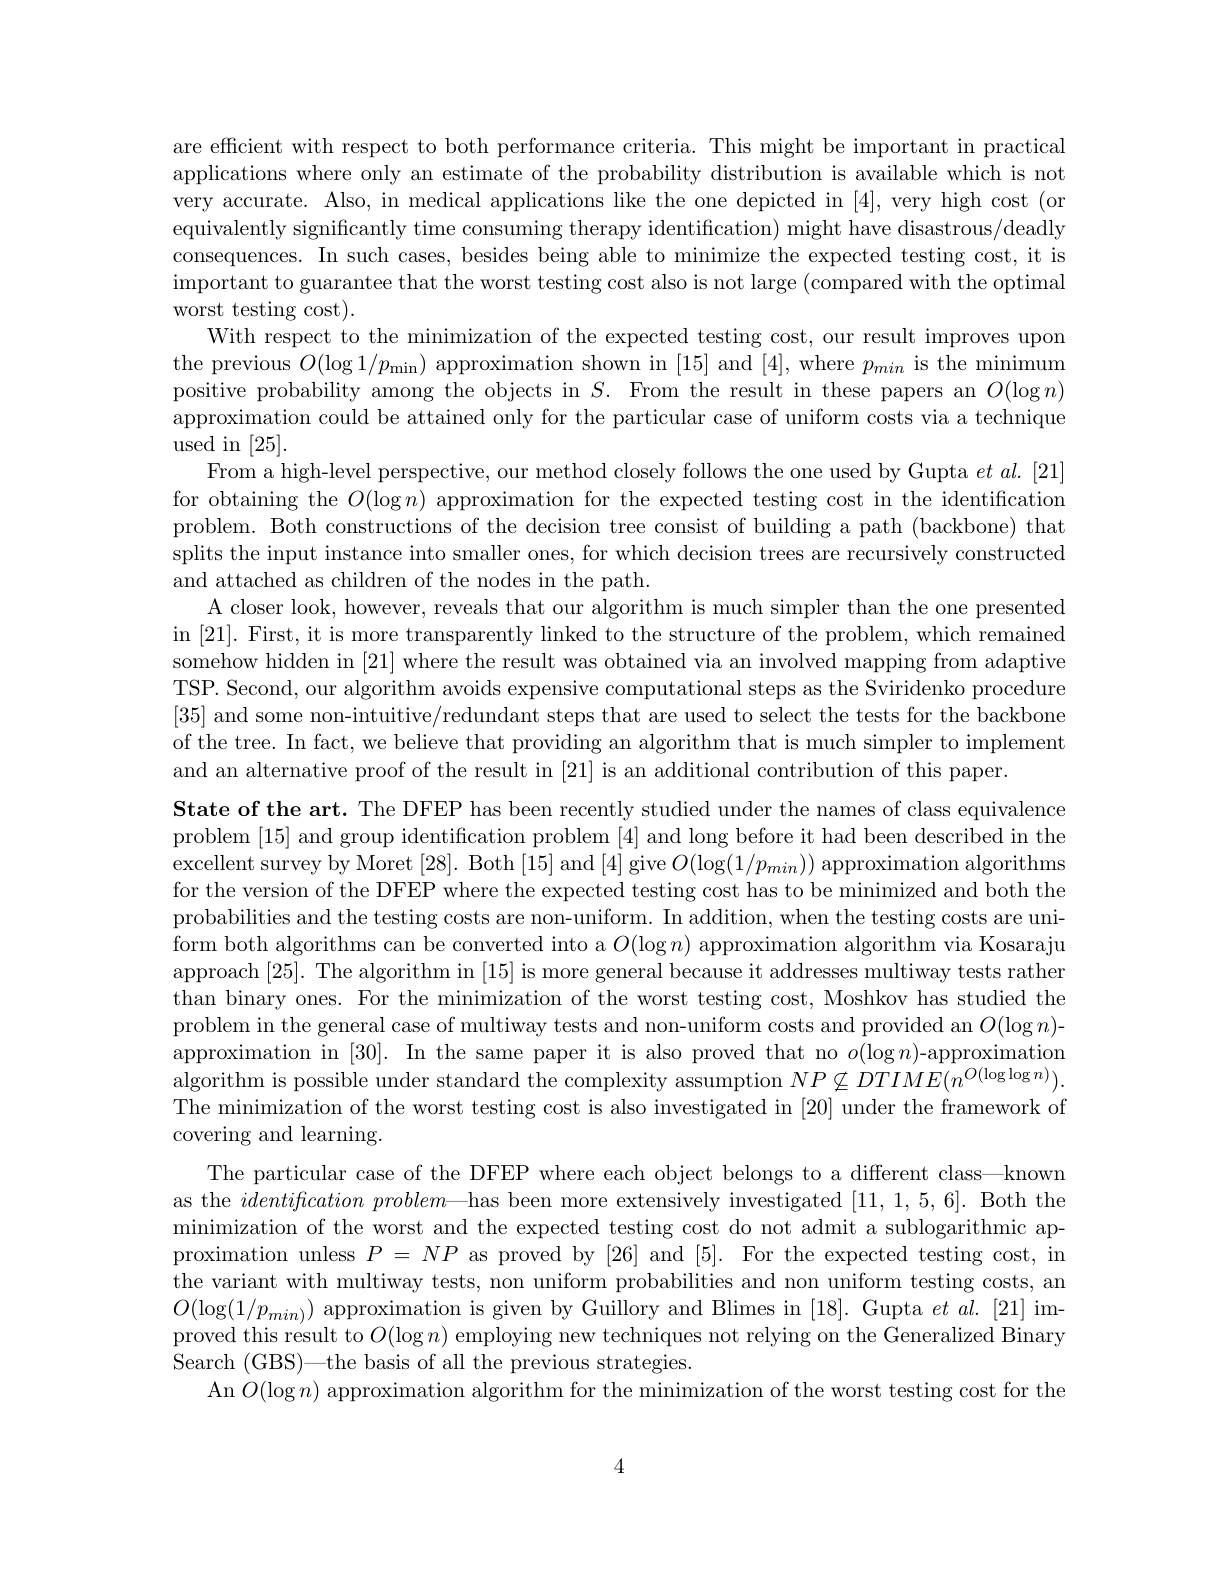
are efficient with respect to both performance criteria. This might be important in practical applications where only an estimate of the probability distribution is available which is not very accurate. Also, in medical applications like the one depicted in [4], very high cost (or equivalently significantly time consuming therapy identification) might have disastrous/deadly consequences. In such cases, besides being able to minimize the expected testing cost, it is important to guarantee that the worst testing cost also is not large (compared with the optimal worst testing cost).
With respect to the minimization of the expected testing cost, our result improves upon the previous $O(\log1/p_{\mathrm{min}})$ approximation shown in [15] and [4],where $p_min$ is the minimum positive probability among the objects in $S.$ From the result in these papers an $O(\log n)$ approximation could be attained only for the particular case of uniform costs via a technique used in [25].
From a high-level perspective, our method closely follows the one used by Gupta $et\textit{al. [ 21] }$ for obtaining the $O(\log n)$ approximation for the expected testing cost in the identification problem. Both constructions of the decision tree consist of building a path (backbone) that splits the input instance into smaller ones, for which decision trees are recursively constructed and attached as children of the nodes in the path.
A closer look, however, reveals that our algorithm is much simpler than the one presented in [21]. First, it is more transparently linked to the structure of the problem, which remained somehow hidden in [21] where the result was obtained via an involved mapping from adaptive TSP. Second, our algorithm avoids expensive computational steps as the Sviridenko procedure [35] and some non-intuitive/redundant steps that are used to select the tests for the backbone of the tree. In fact, we believe that providing an algorithm that is much simpler to implement and an alternative proof of the result in [21] is an additional contribution of this paper.
$\textbf{State of the art. The DFEP has been recently studied under the names of class equivalence}$ problem [15] and group identification problem [4] and long before it had been described in the excellent survey by Moret [28]. Both [15] and [4] give $O(\log(1/p_{min}))$ approximation algorithms for the version of the DFEP where the expected testing cost has to be minimized and both the probabilities and the testing costs are non-uniform. In addition, when the testing costs are uniform both algorithms can be converted into a $O(\log n)$ approximation algorithm via Kosaraju approach [25]. The algorithm in [15] is more general because it addresses multiway tests rather than binary ones. For the minimization of the worst testing cost, Moshkov has studied the problem in the general case of multiway tests and non-uniform costs and provided an $O(\log n)$- approximation in [30]. In the same paper it is also proved that no $o(\log n)$-approximation algorithm is possible under standard the complexity assumption $NP\not\subseteq DTIME(n^{O(\log\log n)}).$ The minimization of the worst testing cost is also investigated in [20] under the framework of covering and learning.
The particular case of the DFEP where each object belongs to a different class—known as the identification problem—has been more extensively investigated [11, 1, 5, 6]. Both the minimization of the worst and the expected testing cost do not admit a sublogarithmic approximation unless $P=NP$ as proved by [26] and [5]. For the expected testing cost, in the variant with multiway tests, non uniform probabilities and non uniform testing costs, an $O(\log(1/p_{min)})$ approximation is given by Guillory and Blimes in [18]. Gupta $et\textit{al. [ 21] im- }$ proved this result to $O(\log n)$ employing new techniques not relying on the Generalized Binary Search (GBS)—the basis of all the previous strategies.
$\operatorname{An}O(\log n)$ approximation algorithm for the minimization of the worst testing cost for the

4